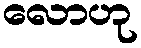
လောဟု